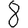
Digit: 8